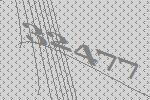
32477